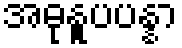
အဓုနူပပန္နာ